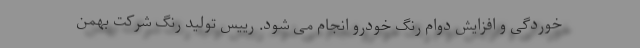
خوردگی و افزایش دوام رنگ خودرو انجام می شود. رییس تولید رنگ شرکت بهمن